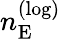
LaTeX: n_{\mathrm{E}}^{(\mathrm{log})}